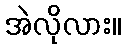
အဲလိုလား။